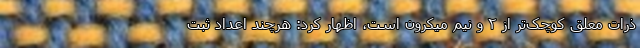
ذرات معلق کوچک‌تر از ۲ و نیم میکرون است، اظهار کرد: هرچند اعداد ثبت